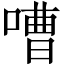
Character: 嘈